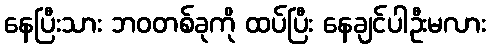
နေပြီးသား ဘဝတစ်ခုကို ထပ်ပြီး နေချင်ပါဦးမလား